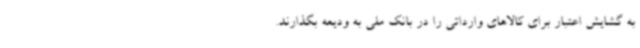
به گشایش اعتبار برای کالاهای وارداتی را در بانک ملی به ودیعه بگذارند.